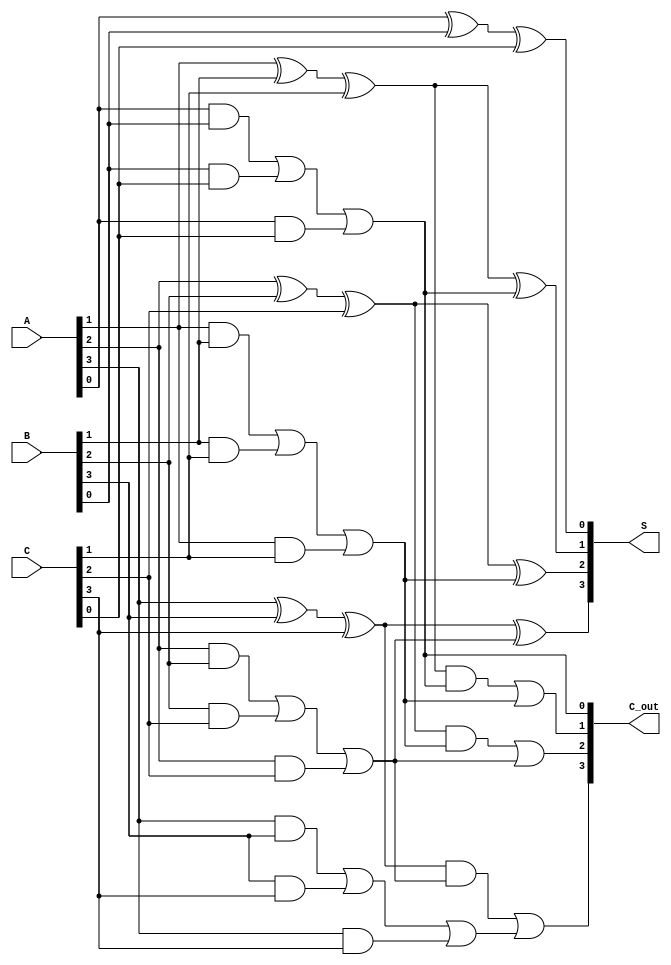
module CarrySaveAdder #(parameter N = 4, // Bit width of the inputs
                        parameter M = 3  // Number of inputs
                       ) (
    input [N-1:0] A, // First operand
    input [N-1:0] B, // Second operand
    input [N-1:0] C, // Third operand
    output [N-1:0] S, // Sum output
    output [N-1:0] C_out // Carry output
);

// Intermediate signals for full adder outputs
wire [N-1:0] sum_stage1;
wire [N-1:0] carry_stage1;
wire [N-1:0] sum_stage2;
wire [N-1:0] carry_stage2;

// Stage 1: Full Adders for A, B, C
genvar i;
generate
    for (i = 0; i < N; i = i + 1) begin : full_adder_stage1
        // Full Adder Logic
        assign sum_stage1[i] = A[i] ^ B[i] ^ C[i];  // Sum output
        assign carry_stage1[i] = (A[i] & B[i]) | (B[i] & C[i]) | (A[i] & C[i]); // Carry output
    end
endgenerate

// Stage 2: Combine sums and carries
generate
    for (i = 0; i < N; i = i + 1) begin : full_adder_stage2
        if (i == 0) begin
            assign sum_stage2[i] = sum_stage1[i]; // First bit does not have previous carry
            assign carry_stage2[i] = carry_stage1[i]; // First carry
        end else begin
            assign sum_stage2[i] = sum_stage1[i] ^ carry_stage1[i-1]; // Sum output with previous carry
            assign carry_stage2[i] = (sum_stage1[i] & carry_stage1[i-1]) | carry_stage1[i]; // Carry output
        end
    end
endgenerate

// Final outputs
assign S = sum_stage2;
assign C_out = carry_stage2;

endmodule